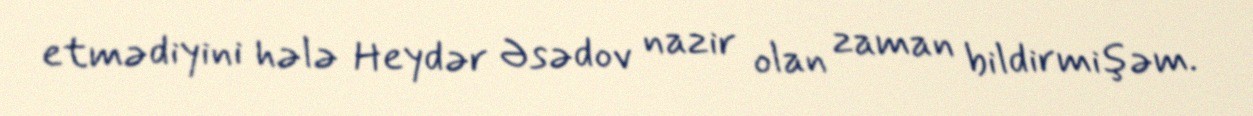
etmədiyini hələ Heydər Əsədov nazir olan zaman bildirmişəm.